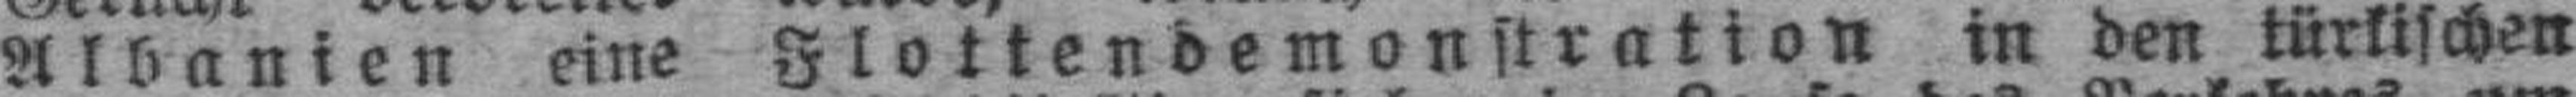
Albanien eine Flottendemonstration in den türkischen